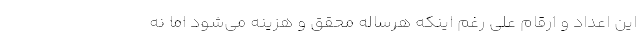
این اعداد و ارقام علی رغم اینکه هرساله محقق و هزینه می‌شود اما نه